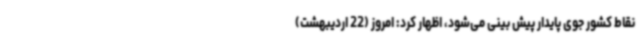
نقاط کشور جوی پایدار پیش بینی می‌شود، اظهار کرد: امروز (22 اردیبهشت)